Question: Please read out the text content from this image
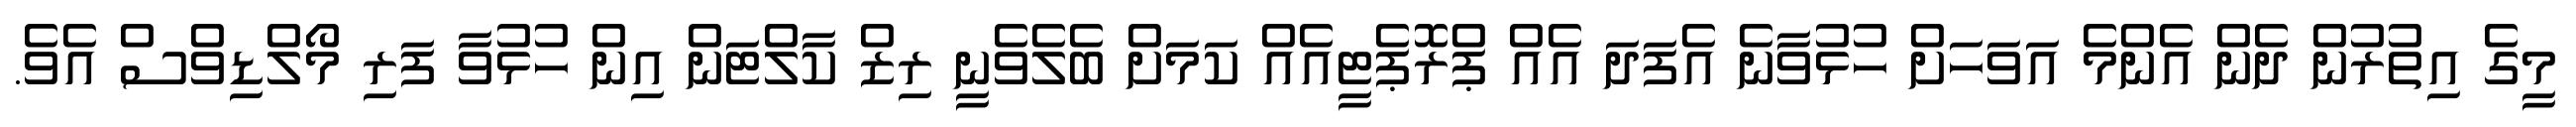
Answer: މީގެ އިތުރުން ދެން އެންމެ އަވަހަށް ހުޅުވާނެ އެފަދަ އެއް ޕްރޮޕެޓީއެއް ކަމަށް ބެލެވެނީ ރިޒް ކާލްޓަން އިން ހުޅުވާ ފަރި މޯލްޑިވްސް އެވެ.